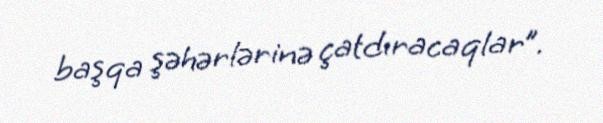
başqa şəhərlərinə çatdıracaqlar”.